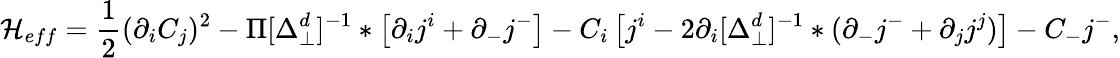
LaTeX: {\cal H}_{eff}=\frac 12(\partial_{i}C_{j})^{2}-\Pi[\Delta_{\perp}^{d}]^{-1}*\left[\partial_{i}j^{i}+\partial_{-}j^{-}\right]-C_{i}\left[j^{i}-2\partial_{i}[\Delta_{\perp}^{d}]^{-1}*(\partial_{-}j^{-}+\partial_{j}j^{j})\right]-C_{-}j^{-},